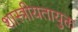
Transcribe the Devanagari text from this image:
शास्त्रीयतायुक्त